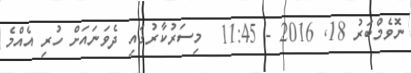
ނޮވެމްބަރު 18